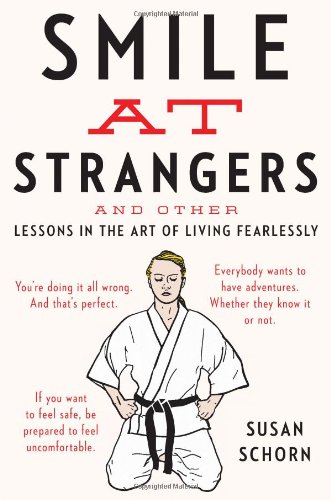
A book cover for Smile at Strangers: And Other Lessons in the Art of Living Fearlessly; Susan Schorn; Biographies & Memoirs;